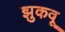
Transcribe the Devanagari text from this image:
झुकवू